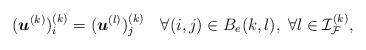
LaTeX: \begin{align*} (\boldsymbol{u}^{(k)})^{(k)}_i = (\boldsymbol{u}^{(l)})^{(k)}_j \quad\forall (i,j)\in B_e(k,l), \;\forall l\in{\mathcal{I}}_{\mathcal{F}}^{(k)}, \end{align*}